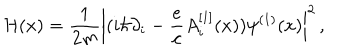
LaTeX: { \cal H } ( x ) = { \frac { 1 } { 2 m } } \left| ( i \hbar \partial _ { i } - { \frac { e } { c } } A _ { i } ^ { [ 1 ] } ( x ) ) \psi ^ { ( 1 ) } ( x ) \right| ^ { 2 } \, ,